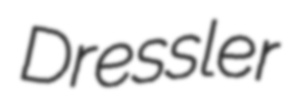
Dressler